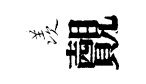
羡覿